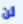
لن